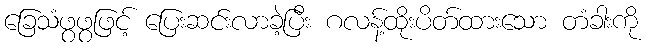
ခြေသံဖွဖွဖြင့် ပြေးဆင်းလာခဲ့ပြီး ဂလန့်ထိုးပိတ်ထားသော တံခါးကို